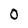
Character: 0